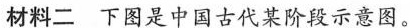
材料二下图是中国古代某阶段示意图。